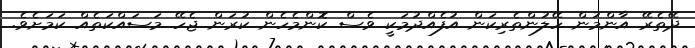
ދޭތެރޭ އާންމުން ހޭލުންތެރިކަން އުފެއްދުމަކީ ވެސް ކޮންމެހެން ކުރަން ޖެހޭ މަސައްކަތެއް ކަމަށެވެ.